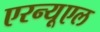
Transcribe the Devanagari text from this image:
एरन्‍यूएल